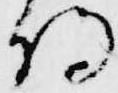
将